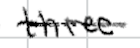
Text: three
Cross-out: single-line
Writing tool: digital_black